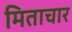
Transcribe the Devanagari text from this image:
मिताचार